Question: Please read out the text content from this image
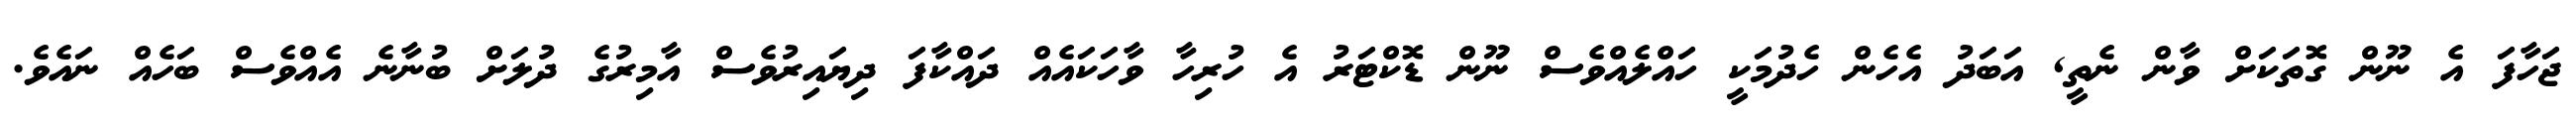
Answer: ޖަހާފަ އެ ނޫން ގޮތަކަށް ވާން ނެތީ, އަބަދު އެހެން ހެދުމަކީ ހައްލެއްވެސް ނޫން ޑޮކްޓަރު އެ ހުރިހާ ވާހަކައެއް ދައްކާފަ ދިޔައިރުވެސް އާމިރުގެ ދުލަށް ބުނާނެ އެއްވެސް ބަހެއް ނައެވެ.